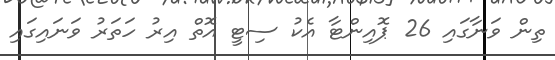
ތިން ވަނާގައި 26 ޕޮއިންޓާ އެކު ސިޓީ އޮތް އިރު ހަތަރު ވަނައިގައި